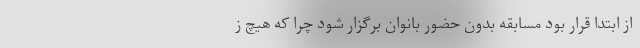
از ابتدا قرار بود مسابقه بدون حضور بانوان برگزار شود چرا که هیچ ز